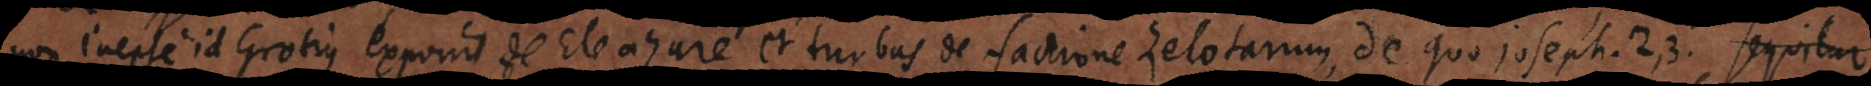
non inepte id Grotius exponit de Eleazare et turbas de factione Zelotarum, de quo Joseph. 2, 3. Sequitur